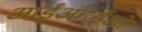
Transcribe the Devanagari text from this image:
आईआरईओ